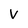
Character: V